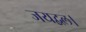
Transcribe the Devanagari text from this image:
जयद्वल।